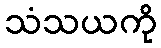
သံသယကို